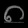
Digit: ၈